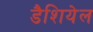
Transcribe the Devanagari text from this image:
डैशियेल